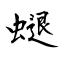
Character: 螁